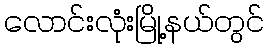
လောင်းလုံးမြို့နယ်တွင်